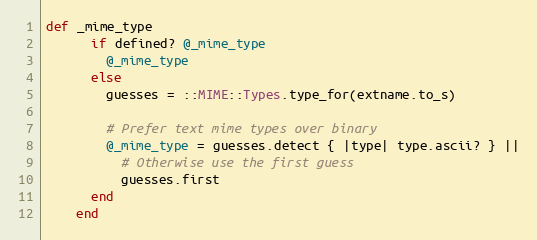
Language: Ruby
def _mime_type
      if defined? @_mime_type
        @_mime_type
      else
        guesses = ::MIME::Types.type_for(extname.to_s)

        # Prefer text mime types over binary
        @_mime_type = guesses.detect { |type| type.ascii? } ||
          # Otherwise use the first guess
          guesses.first
      end
    end